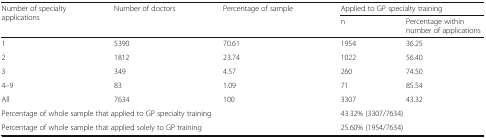
<table><thead><tr><td rowspan="2"><b>Number of specialty applications</b></td><td rowspan="2"><b>Number of doctors</b></td><td rowspan="2"><b>Percentage of sample</b></td><td colspan="2"><b>Applied to GP specialty training</b></td></tr><tr><td><b>n</b></td><td><b>Percentage within number of applications</b></td></tr></thead><tbody><tr><td>1</td><td>5390</td><td>70.61</td><td>1954</td><td>36.25</td></tr><tr><td>2</td><td>1812</td><td>23.74</td><td>1022</td><td>56.40</td></tr><tr><td>3</td><td>349</td><td>4.57</td><td>260</td><td>74.50</td></tr><tr><td>4–9</td><td>83</td><td>1.09</td><td>71</td><td>85.54</td></tr><tr><td>All</td><td>7634</td><td>100</td><td>3307</td><td>43.32</td></tr><tr><td colspan="3">Percentage of whole sample that applied to GP specialty training</td><td colspan="2">43.32% (3307/7634)</td></tr><tr><td colspan="3">Percentage of whole sample that applied solely to GP training</td><td colspan="2">25.60% (1954/7634)</td></tr></tbody></table>